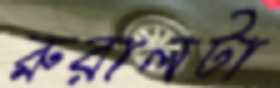
রুরালটা